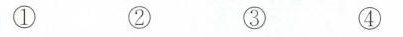
① ② ③ ④